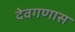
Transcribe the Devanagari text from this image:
देवगणास